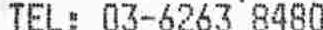
TEL: 03-6263 8480